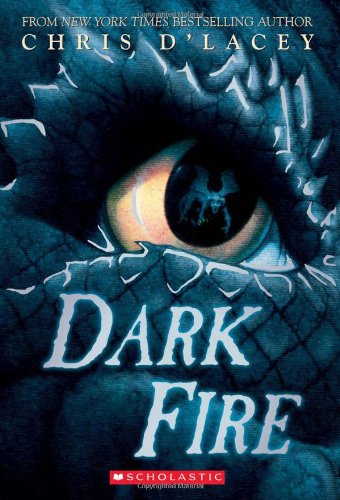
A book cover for Dark Fire (Last Dragon Chronicles); Chris d'Lacey; Children's Books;